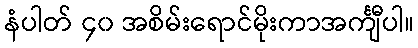
နံပါတ် ၄၀ အစိမ်းရောင်မိုးကာအင်္ကျီပါ။